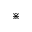
\divideontimes